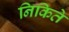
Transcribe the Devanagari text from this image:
निकिते